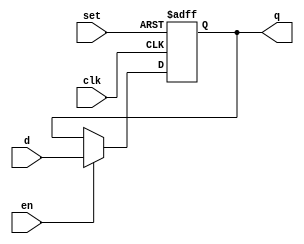
// This program was cloned from: https://github.com/siliconcompiler/scgallery
// License: Apache License 2.0

`timescale 1ns/1ns
module flopens #(parameter WIDTH = 8)
   (input                  clk, set,
    input 		   en,
    input [WIDTH-1:0] 	   d, 
    output reg [WIDTH-1:0] q);
   
   always @(posedge clk, posedge set)
     if      (set) q <= 1;
     else if (en)  q <= d;

endmodule // flopens